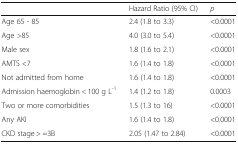
<table><thead><tr><td></td><td><b>Hazard Ratio (95% CI)</b></td><td><b><i>p</i></b></td></tr></thead><tbody><tr><td>Age 65 - 85</td><td>2.4 (1.8 to 3.3)</td><td>&lt;0.0001</td></tr><tr><td>Age &gt;85</td><td>4.0 (3.0 to 5.4)</td><td>&lt;0.0001</td></tr><tr><td>Male sex</td><td>1.8 (1.6 to 2.1)</td><td>&lt;0.0001</td></tr><tr><td>AMTS &lt;7</td><td>1.6 (1.4 to 1.8)</td><td>&lt;0.0001</td></tr><tr><td>Not admitted from home</td><td>1.6 (1.4 to 1.8)</td><td>&lt;0.0001</td></tr><tr><td>Admission haemoglobin &lt; 100 g L<sup>-1</sup></td><td>1.4 (1.2 to 1.8)</td><td>0.0003</td></tr><tr><td>Two or more comorbidities</td><td>1.5 (1.3 to 16)</td><td>&lt;0.0001</td></tr><tr><td>Any AKI</td><td>1.6 (1.4 to 1.8)</td><td>&lt;0.0001</td></tr><tr><td>CKD stage &gt; =3B</td><td>2.05 (1.47 to 2.84)</td><td>&lt;0.0001</td></tr></tbody></table>